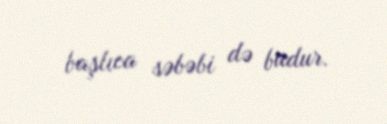
başlıca səbəbi də budur.